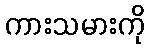
ကားသမားကို